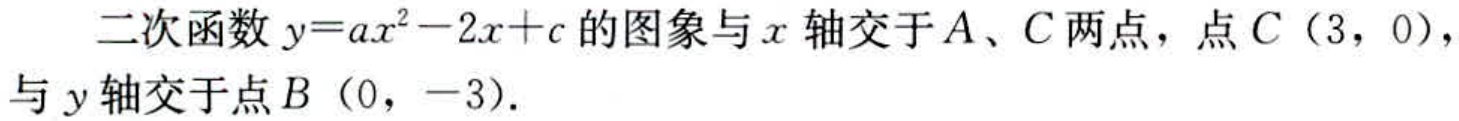
二次函数\(y = ax^{2}-2x + c\)的图象与\(x\)轴交于\(A\)、\(C\)两点，点\(C\)（\(3\)，\(0\)），与\(y\)轴交于点\(B\)（\(0\)，\(-3\)）.